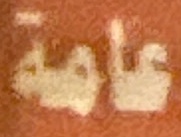
عامة